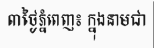
៣ថ្ងៃភ្នំពេញ៖ ក្នុងនាមជា